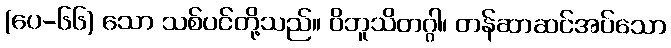
(ပေ-၆၆) သော သစ်ပင်တို့သည်။ ဝိဘူသိတဂ္ဂါ၊ တန်ဆာဆင်အပ်သော